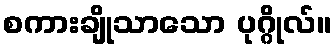
စကားချိုသာသော ပုဂ္ဂိုလ်။